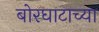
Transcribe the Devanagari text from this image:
बोरघाटाच्या